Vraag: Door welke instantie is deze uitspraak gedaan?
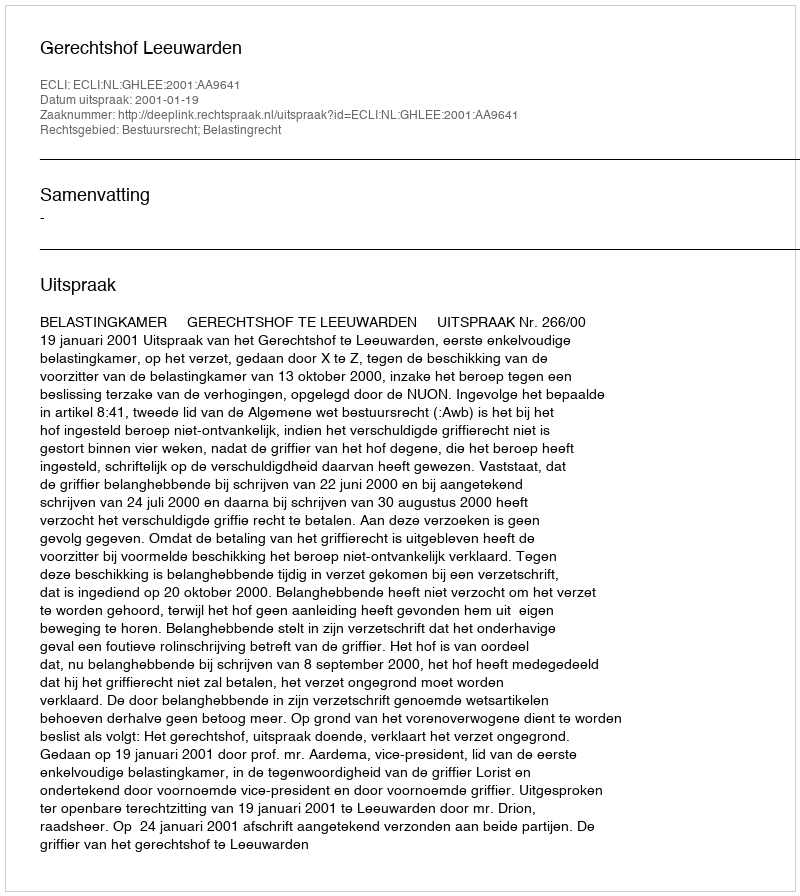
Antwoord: Gerechtshof Leeuwarden